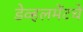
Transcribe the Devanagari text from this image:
डेव्हलमेंटचे